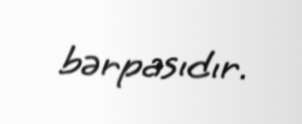
bərpasıdır.